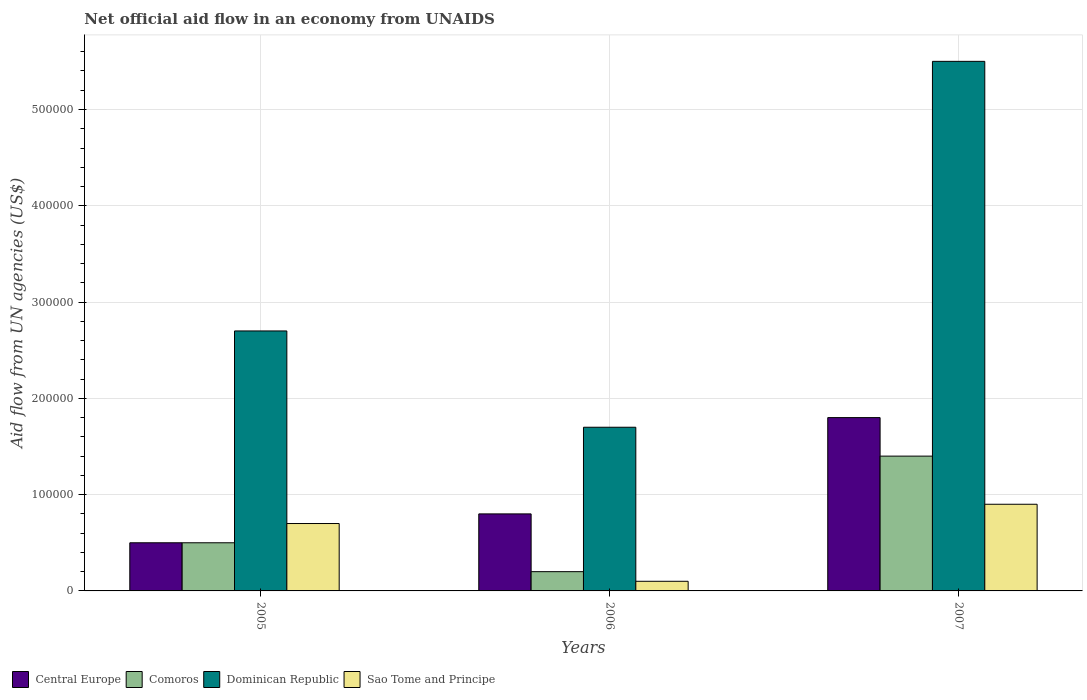
| Years | Central Europe | Comoros | Dominican Republic | Sao Tome and Principe |
 | --- | --- | --- | --- | --- |
 | 2005 | 5e+04 | 5e+04 | 2.7e+05 | 7e+04 |
 | 2006 | 8e+04 | 2e+04 | 1.7e+05 | 1e+04 |
 | 2007 | 1.8e+05 | 1.4e+05 | 5.5e+05 | 9e+04 |